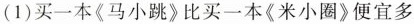
(1)买一本《马小跳》比买一本《米小圈》便宜多